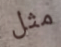
مثل